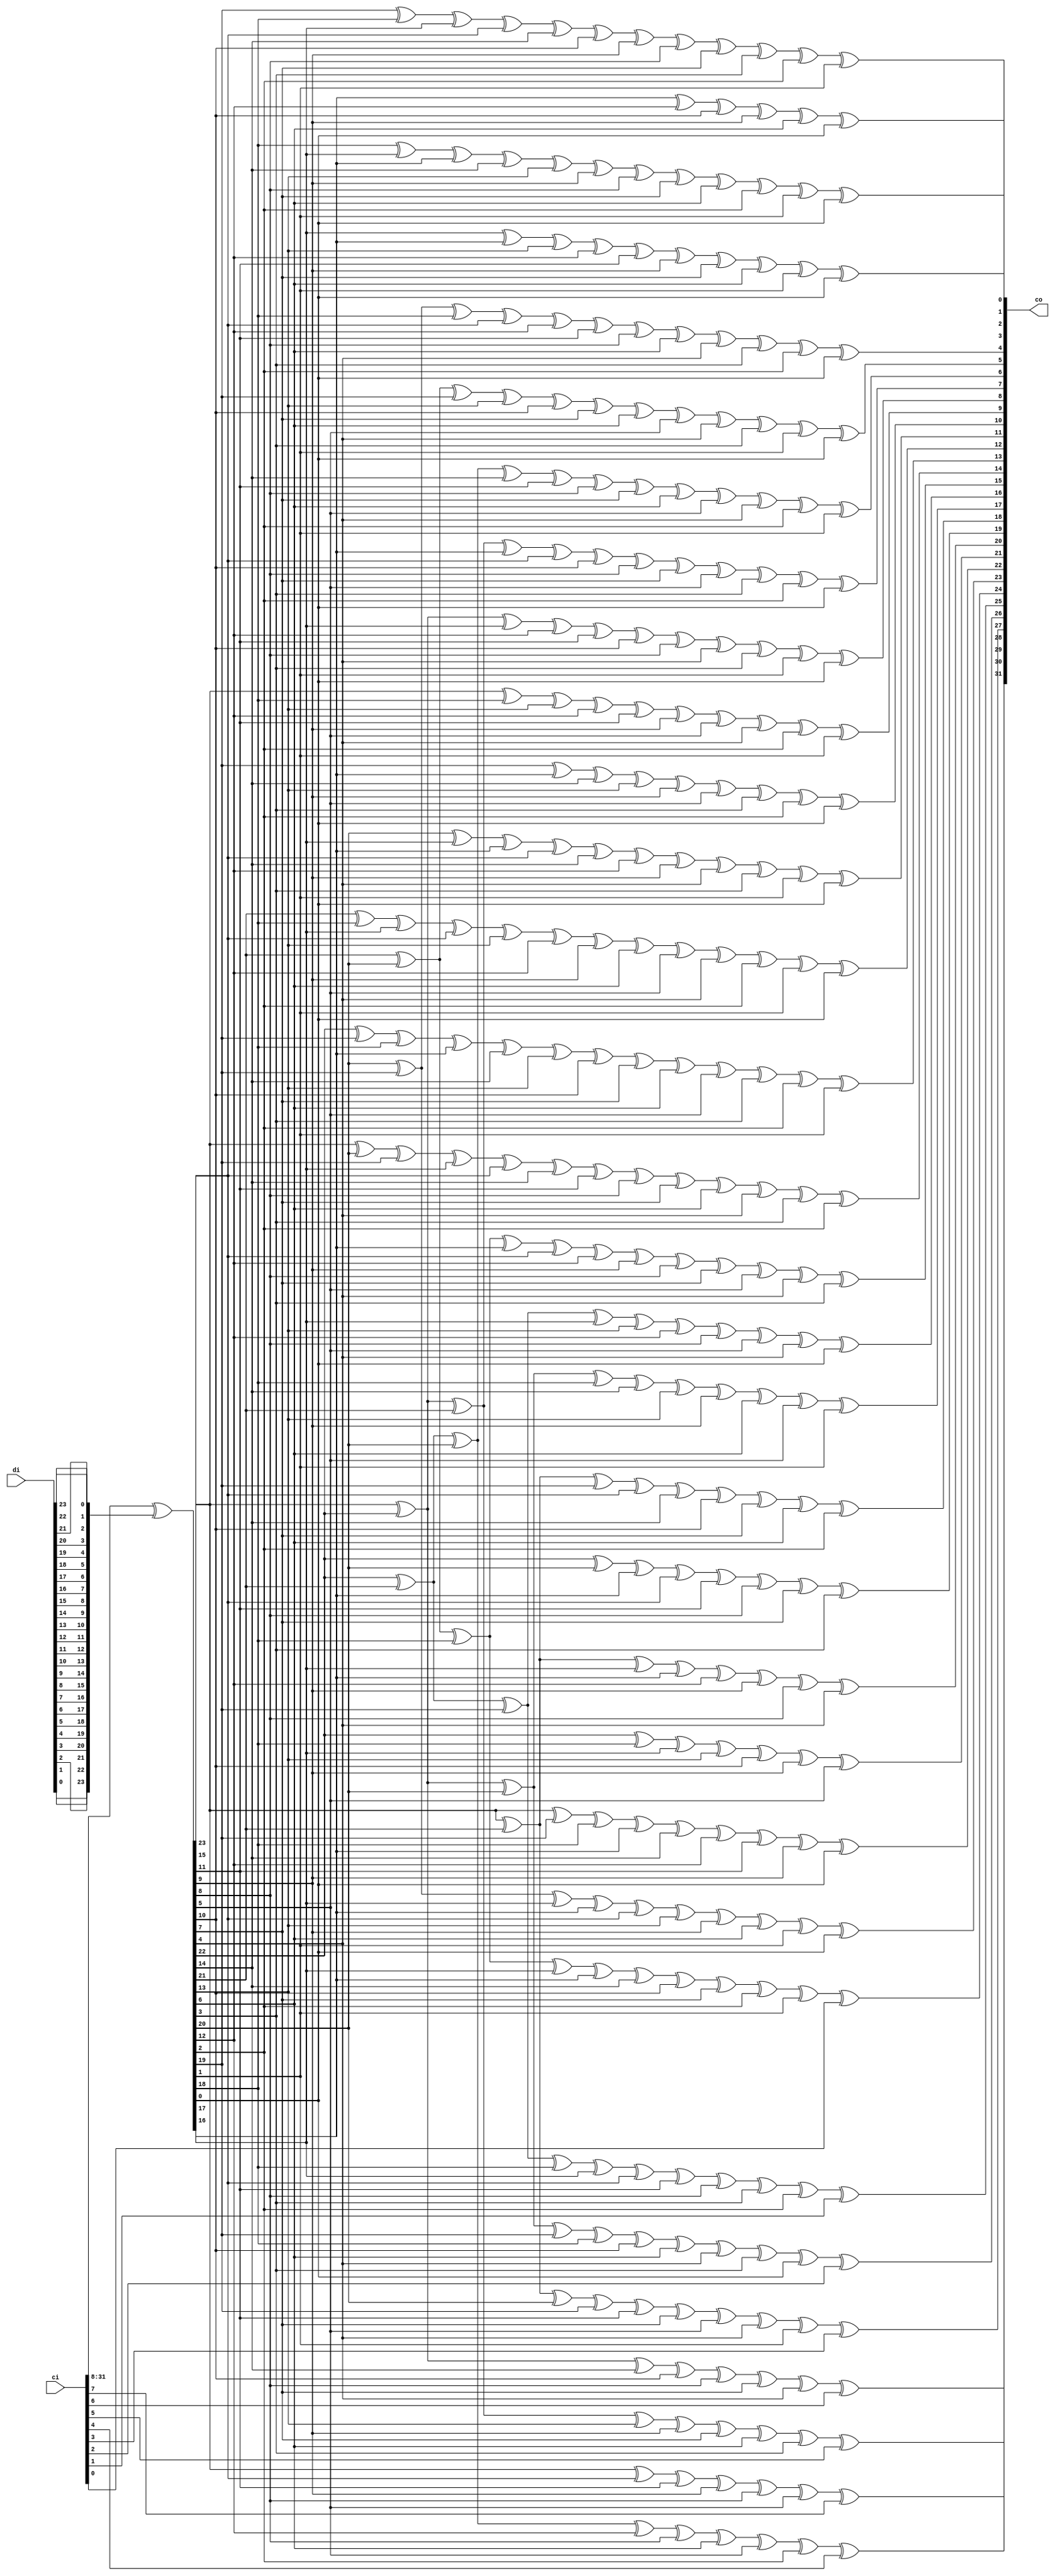
// Description  : .
////////////////////////////////////////////////////////////////////////////////

module ippcrc_crc32_24b
    (
     ci,
     di,

     co
     );
////////////////////////////////////////////////////////////////////////////////
// Parameter declarations

////////////////////////////////////////////////////////////////////////////////
// Port declarations
input [31:0]    ci;
input [23:0]    di;

output [31:0]   co;

////////////////////////////////////////////////////////////////////////////////
// Output declarations
wire [31:0]     co;

////////////////////////////////////////////////////////////////////////////////
// Local logic and instantiation
wire [23:0] swdi;

assign      swdi =  {di[0],di[1],di[2],di[3],di[4],di[5],di[6],di[7],di[8],di[9],di[10],di[11],di[12],di[13],di[14],di[15],
                     di[16],di[17],di[18],di[19],di[20],di[21],di[22],di[23]};

wire [23:0] dx;
assign      dx   =  ci[31:8]^swdi[23:0];


assign      co[31]=dx[23]^dx[15]^dx[11]^dx[9]^dx[8]^dx[5]^ci[7];
assign      co[30]=dx[23]^dx[22]^dx[14]^dx[10]^dx[8]^dx[7]^dx[4]^ci[6];
assign      co[29]=dx[23]^dx[22]^dx[21]^dx[13]^dx[9]^dx[7]^dx[6]^dx[3]^ci[5];
assign      co[28]=dx[22]^dx[21]^dx[20]^dx[12]^dx[8]^dx[6]^dx[5]^dx[2]^ci[4];
assign      co[27]=dx[23]^dx[21]^dx[20]^dx[19]^dx[11]^dx[7]^dx[5]^dx[4]^dx[1]^ci[3];
assign      co[26]=dx[23]^dx[22]^dx[20]^dx[19]^dx[18]^dx[10]^dx[6]^dx[4]^dx[3]^dx[0]^ci[2];
assign      co[25]=dx[22]^dx[21]^dx[19]^dx[18]^dx[17]^dx[15]^dx[11]^dx[8]^dx[3]^dx[2]^ci[1];
assign      co[24]=dx[21]^dx[20]^dx[18]^dx[17]^dx[16]^dx[14]^dx[10]^dx[7]^dx[2]^dx[1]^ci[0];
assign      co[23]=dx[20]^dx[19]^dx[17]^dx[16]^dx[15]^dx[13]^dx[9]^dx[6]^dx[1]^dx[0];
assign      co[22]=dx[23]^dx[19]^dx[18]^dx[16]^dx[14]^dx[12]^dx[11]^dx[9]^dx[0];
assign      co[21]=dx[22]^dx[18]^dx[17]^dx[13]^dx[10]^dx[9]^dx[5];
assign      co[20]=dx[23]^dx[21]^dx[17]^dx[16]^dx[12]^dx[9]^dx[8]^dx[4];
assign      co[19]=dx[22]^dx[20]^dx[16]^dx[15]^dx[11]^dx[8]^dx[7]^dx[3];
assign      co[18]=dx[23]^dx[21]^dx[19]^dx[15]^dx[14]^dx[10]^dx[7]^dx[6]^dx[2];
assign      co[17]=dx[23]^dx[22]^dx[20]^dx[18]^dx[14]^dx[13]^dx[9]^dx[6]^dx[5]^dx[1];
assign      co[16]=dx[22]^dx[21]^dx[19]^dx[17]^dx[13]^dx[12]^dx[8]^dx[5]^dx[4]^dx[0];
assign      co[15]=dx[21]^dx[20]^dx[18]^dx[16]^dx[15]^dx[12]^dx[9]^dx[8]^dx[7]^dx[5]^dx[4]^dx[3];
assign      co[14]=dx[23]^dx[20]^dx[19]^dx[17]^dx[15]^dx[14]^dx[11]^dx[8]^dx[7]^dx[6]^dx[4]^dx[3]^dx[2];
assign      co[13]=dx[22]^dx[19]^dx[18]^dx[16]^dx[14]^dx[13]^dx[10]^dx[7]^dx[6]^dx[5]^dx[3]^dx[2]^dx[1];
assign      co[12]=dx[21]^dx[18]^dx[17]^dx[15]^dx[13]^dx[12]^dx[9]^dx[6]^dx[5]^dx[4]^dx[2]^dx[1]^dx[0];
assign      co[11]=dx[20]^dx[17]^dx[16]^dx[15]^dx[14]^dx[12]^dx[9]^dx[4]^dx[3]^dx[1]^dx[0];
assign      co[10]=dx[19]^dx[16]^dx[14]^dx[13]^dx[9]^dx[5]^dx[3]^dx[2]^dx[0];
assign      co[9]=dx[23]^dx[18]^dx[13]^dx[12]^dx[11]^dx[9]^dx[5]^dx[4]^dx[2]^dx[1];
assign      co[8]=dx[23]^dx[22]^dx[17]^dx[12]^dx[11]^dx[10]^dx[8]^dx[4]^dx[3]^dx[1]^dx[0];
assign      co[7]=dx[23]^dx[22]^dx[21]^dx[16]^dx[15]^dx[10]^dx[8]^dx[7]^dx[5]^dx[3]^dx[2]^dx[0];
assign      co[6]=dx[22]^dx[21]^dx[20]^dx[14]^dx[11]^dx[8]^dx[7]^dx[6]^dx[5]^dx[4]^dx[2]^dx[1];
assign      co[5]=dx[21]^dx[20]^dx[19]^dx[13]^dx[10]^dx[7]^dx[6]^dx[5]^dx[4]^dx[3]^dx[1]^dx[0];
assign      co[4]=dx[20]^dx[19]^dx[18]^dx[15]^dx[12]^dx[11]^dx[8]^dx[6]^dx[4]^dx[3]^dx[2]^dx[0];
assign      co[3]=dx[19]^dx[18]^dx[17]^dx[15]^dx[14]^dx[10]^dx[9]^dx[8]^dx[7]^dx[3]^dx[2]^dx[1];
assign      co[2]=dx[18]^dx[17]^dx[16]^dx[14]^dx[13]^dx[9]^dx[8]^dx[7]^dx[6]^dx[2]^dx[1]^dx[0];
assign      co[1]=dx[17]^dx[16]^dx[13]^dx[12]^dx[11]^dx[9]^dx[7]^dx[6]^dx[1]^dx[0];
assign      co[0]=dx[16]^dx[12]^dx[10]^dx[9]^dx[6]^dx[0];
       
endmodule